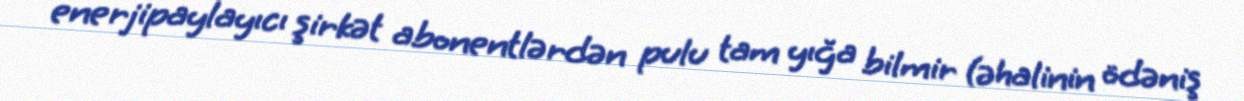
enerjipaylayıcı şirkət abonentlərdən pulu tam yığa bilmir (əhalinin ödəniş